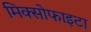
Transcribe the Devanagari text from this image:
मिक्सोफाइटा